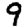
Digit: 9